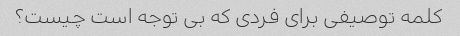
کلمه توصیفی برای فردی که بی توجه است چیست؟